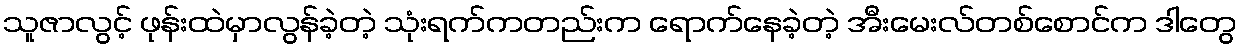
သူဇာလွင့် ဖုန်းထဲမှာလွန်ခဲ့တဲ့ သုံးရက်ကတည်းက ရောက်နေခဲ့တဲ့ အီးမေးလ်တစ်စောင်က ဒါတွေ